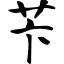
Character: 苄